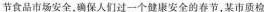
节食品市场安全.确保人们过一个健康安全的春节，某市质检